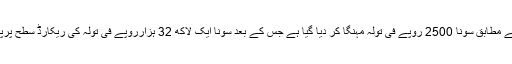
تفصیلات کے مطابق سونا 2500 روپے فی تولہ مہنگا کر دیا گیا ہے جس کے بعد سونا ایک لاکھ 32 ہزارروپے فی تولہ کی ریکارڈ سطح پرپہنچ گیا ہے۔